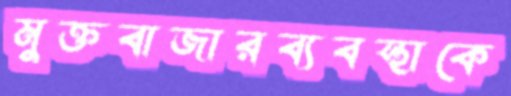
মুক্তবাজারব্যবস্থাকে